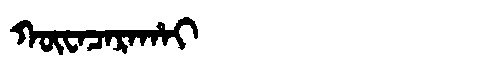
Manchu: ᡴᡡᠸᠠᠴᠠᡵᠠᡥᠠᡳ
Romanization: KŪWACARAHAI